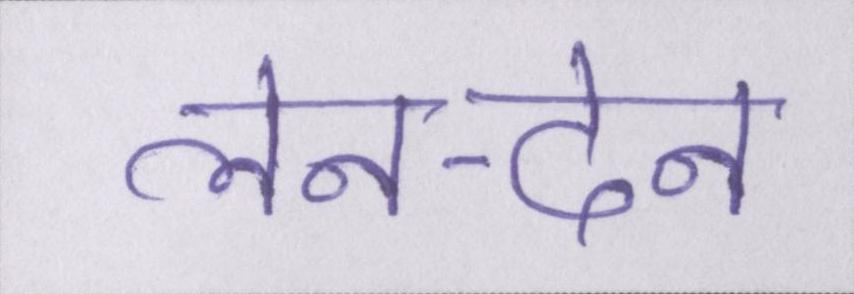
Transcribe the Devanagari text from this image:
लेन-देन